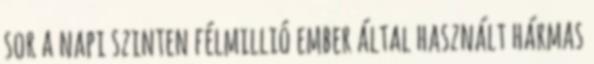
sor a napi szinten félmillió ember által használt hármas